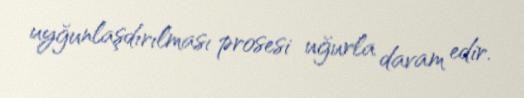
uyğunlaşdırılması prosesi uğurla davam edir.